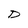
Character: D